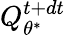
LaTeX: Q_{\theta^{*}}^{t+dt}